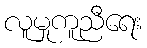
လူမှုကူညီရေး